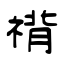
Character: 禙